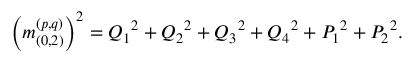
\left( m _ { ( 0 , 2 ) } ^ { ( p , q ) } \right) ^ { 2 } = { Q _ { 1 } } ^ { 2 } + { Q _ { 2 } } ^ { 2 } + { Q _ { 3 } } ^ { 2 } + { Q _ { 4 } } ^ { 2 } + { P _ { 1 } } ^ { 2 } + { P _ { 2 } } ^ { 2 } .